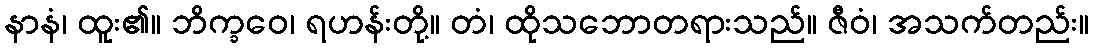
နာနံ၊ ထူး၏။ ဘိက္ခဝေ၊ ရဟန်းတို့။ တံ၊ ထိုသဘောတရားသည်။ ဇီဝံ၊ အသက်တည်း။